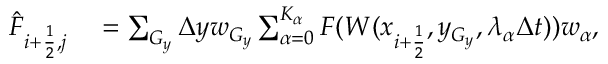
\begin{array} { r l } { \Hat F _ { i + \frac { 1 } { 2 } , j } } & { { } = \sum _ { G _ { y } } \Delta y w _ { G _ { y } } \sum _ { \alpha = 0 } ^ { K _ { \alpha } } F ( W ( x _ { i + \frac { 1 } { 2 } } , y _ { G _ { y } } , \lambda _ { \alpha } \Delta t ) ) w _ { \alpha } , } \end{array}